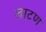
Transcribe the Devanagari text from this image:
लाटण